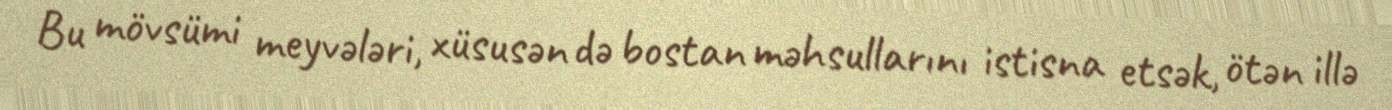
Bu mövsümi meyvələri, xüsusən də bostan məhsullarını istisna etsək, ötən illə